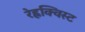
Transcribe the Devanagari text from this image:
रेह्नक्विस्ट